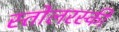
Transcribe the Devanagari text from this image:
स्तोलरस्की